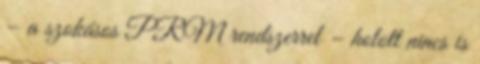
– a szokásos PRM rendszerrel – holott nincs is